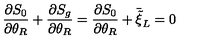
\frac { \partial S _ { 0 } } { \partial \theta _ { R } } + \frac { \partial S _ { g } } { \partial \theta _ { R } } = \frac { \partial S _ { 0 } } { \partial \theta _ { R } } + \bar { \tilde { \xi } } _ { L } = 0